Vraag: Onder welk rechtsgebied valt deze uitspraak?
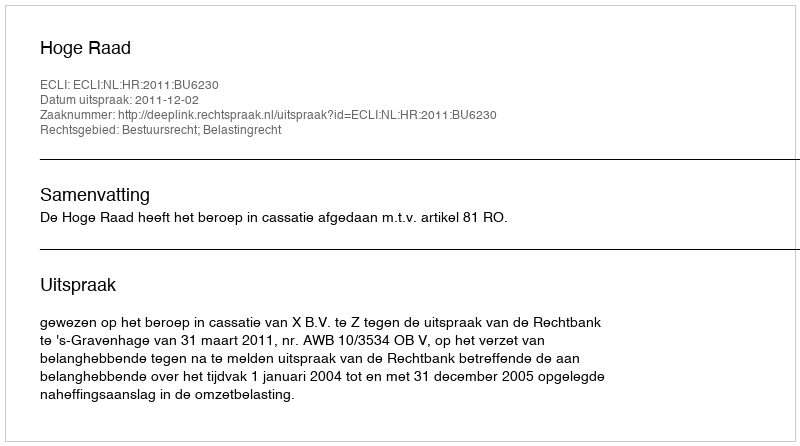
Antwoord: Bestuursrecht; Belastingrecht